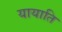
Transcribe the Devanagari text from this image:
यायाति